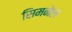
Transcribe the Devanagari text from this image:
सिमनेल